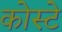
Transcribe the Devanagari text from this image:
कोस्टे